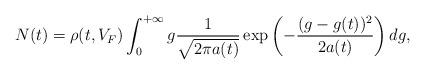
LaTeX: \begin{align*} N(t)=\rho(t,V_F)\int_0^{+\infty}g\frac{1}{\sqrt{2\pi a(t)}}\exp\left(-\frac{(g-g_{}(t))^2}{2a(t)}\right)dg,\end{align*}